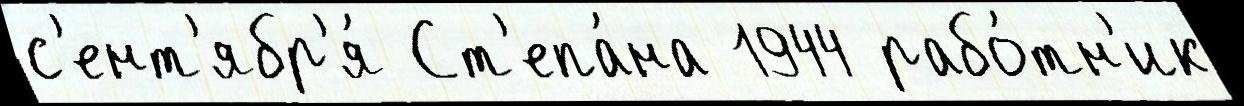
с'ент'ябр'я́ Ст'епа́на 1944 рабо́тн'ик